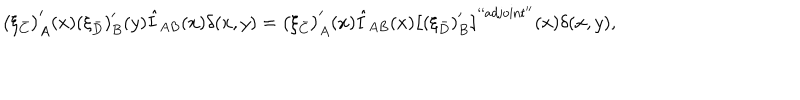
\left( \xi _ { \bar { C } } \right) _ { A } ^ { \prime } ( x ) \left( \xi _ { \bar { D } } \right) _ { B } ^ { \prime } ( y ) \hat { I } _ { A B } ( x ) \delta ( x , y ) = \left( \xi _ { \bar { C } } \right) _ { A } ^ { \prime } ( x ) \hat { I } _ { A B } ( x ) \left[ \left( \xi _ { \bar { D } } \right) _ { B } ^ { \prime } \right] ^ { \mathrm { ` ` a d j o i n t ^ { \prime \prime } } } ( x ) \delta ( x , y ) ,